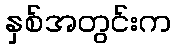
နှစ်အတွင်းက